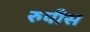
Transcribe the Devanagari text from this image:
रुपीस